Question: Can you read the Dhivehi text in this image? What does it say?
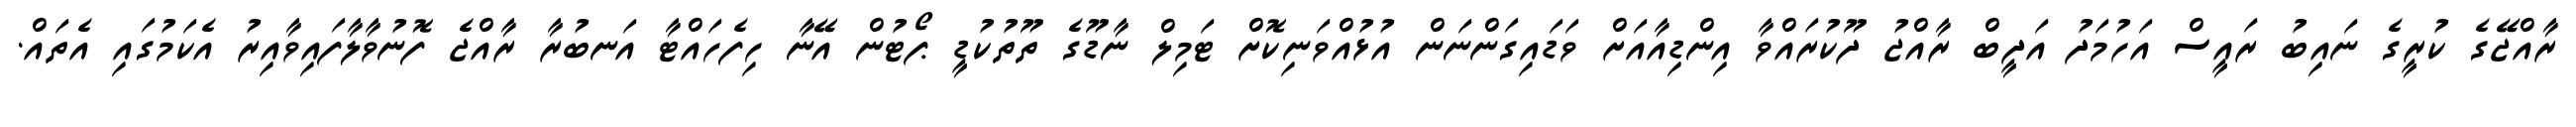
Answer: ރާއްޖޭގެ ކުރީގެ ނައިބު ރައީސް އަހުމަދު އަދީބް ރާއްޖު ދޫކުރައްވާ އިންޑިއާއަށް ވަޑައިގަންނަން އުޅުއްވަނިކޮށް ޓަމިލް ނާޑޫގެ ތޫތުކުޑީ ޕޯޓުން އޭނާ ހިފެހައްޓާ އަނބުރާ ރާއްޖެ ފޮނުވާލާފައިވާއިރު އެކަމުގައި އެތައް.